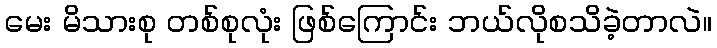
မေး မိသားစု တစ်စုလုံး ဖြစ်ကြောင်း ဘယ်လိုစသိခဲ့တာလဲ။